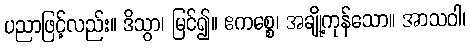
ပညာဖြင့်လည်း။ ဒိသွာ၊ မြင်၍။ ဧကစ္စေ၊ အချို့ကုန်သော။ အာသဝါ၊